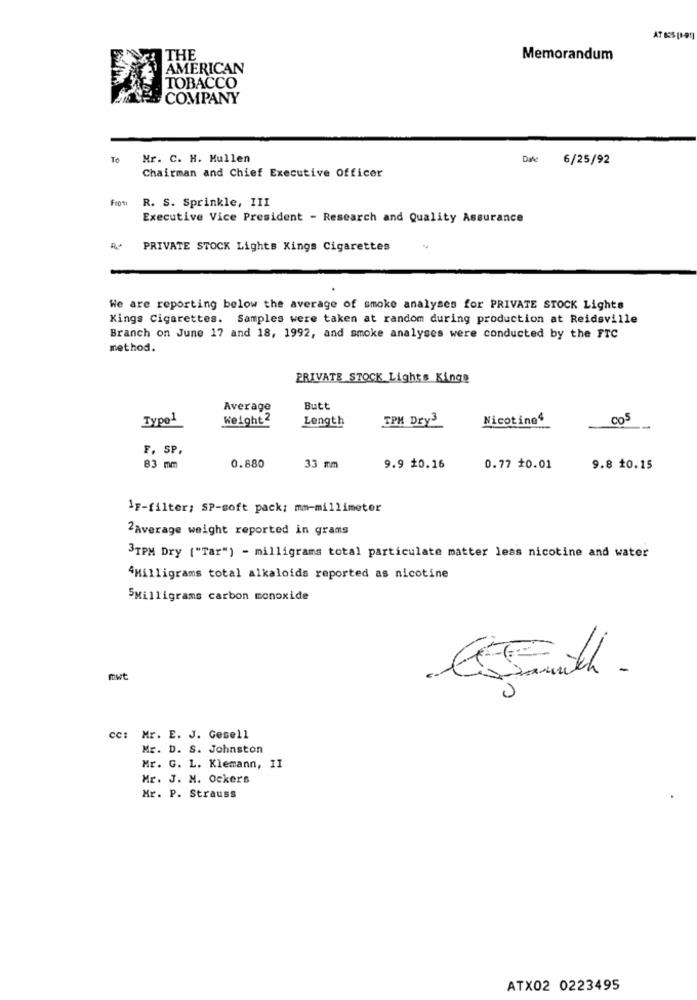
THE
Memorandum
AMERICAN
TOBACCO
COMPANY
To
Mr. C. H. Mullen
Dade
6/25/92
Chairman and Chief Executive Officer
From
R. S. Sprinkle, III
Executive Vice President - Research and Quality Assurance
R+
PRIVATE STOCK Lights Kings Cigarettes
We are reporting below the average of smoke analyses for PRIVATE STOCK Lights
Kings Cigarettes. Samples were taken at random during production at Reidsville
Branch on June 17 and 18, 1992, and smoke analyses were conducted by the FTC
method.
PRIVATE STOCK Lights Kings
Average
Butt
Type1
Weight2
Length
Nicotine4
005
TPM Dry3
F, SP,
83 mm
0.880
33 mm
9.9 10.16
0.77 +0.01
9.8 10.15
IF-filter; SP-soft pack: mm-millimeter
2Average weight reported in grams
3TPM Dry ("Tar") - milligrams total particulate matter less nicotine and water
4Milligrams total alkaloids reported as nicotine
5Milligrams carbon monoxide
mwt
cc: Mr. E. J. Gesell
Mr. D. S. Johnston
Mr. G. L. Klemann, II
Mr. J. M. Ockers
Mr. P. Strauss
ATX02 0223495